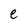
Character: e